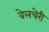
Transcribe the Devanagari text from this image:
वेलचेरी